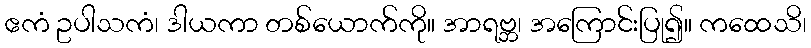
ဧကံ ဥပါသကံ၊ ဒါယကာ တစ်ယောက်ကို။ အာရဗ္ဘ၊ အကြောင်းပြု၍။ ကထေသိ၊